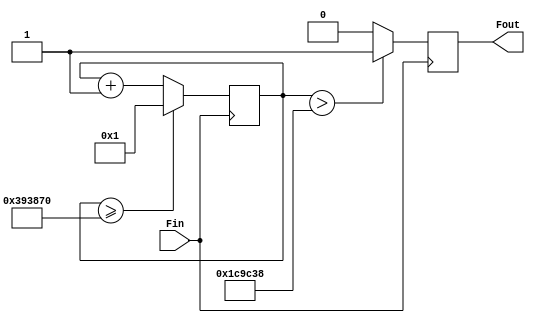
module Fdiv_Beat(Fin,Fout);
input Fin;
output Fout;
wire [31:0]DIVN=32'd3750000;
wire [31:0]_DIVN;
reg [31:0]counter;
reg Fout;
wire _Fout;
assign _DIVN={1'b0,DIVN[31:1]};
always @(posedge Fin)
if (counter >= DIVN)	counter=32'd1;
else counter<=counter+1;
assign _Fout=(counter>_DIVN)?1'b1:1'b0;
always @(negedge Fin)
	Fout<=_Fout;
endmodule